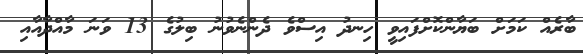
ބާރެއް ކަމަށް ބަޔާންކޮށްފައިވީ ހިނދު އިސްވެ ދެންނެވުނު ބިލުގެ 13 ވަނަ މާއްދާއާއި